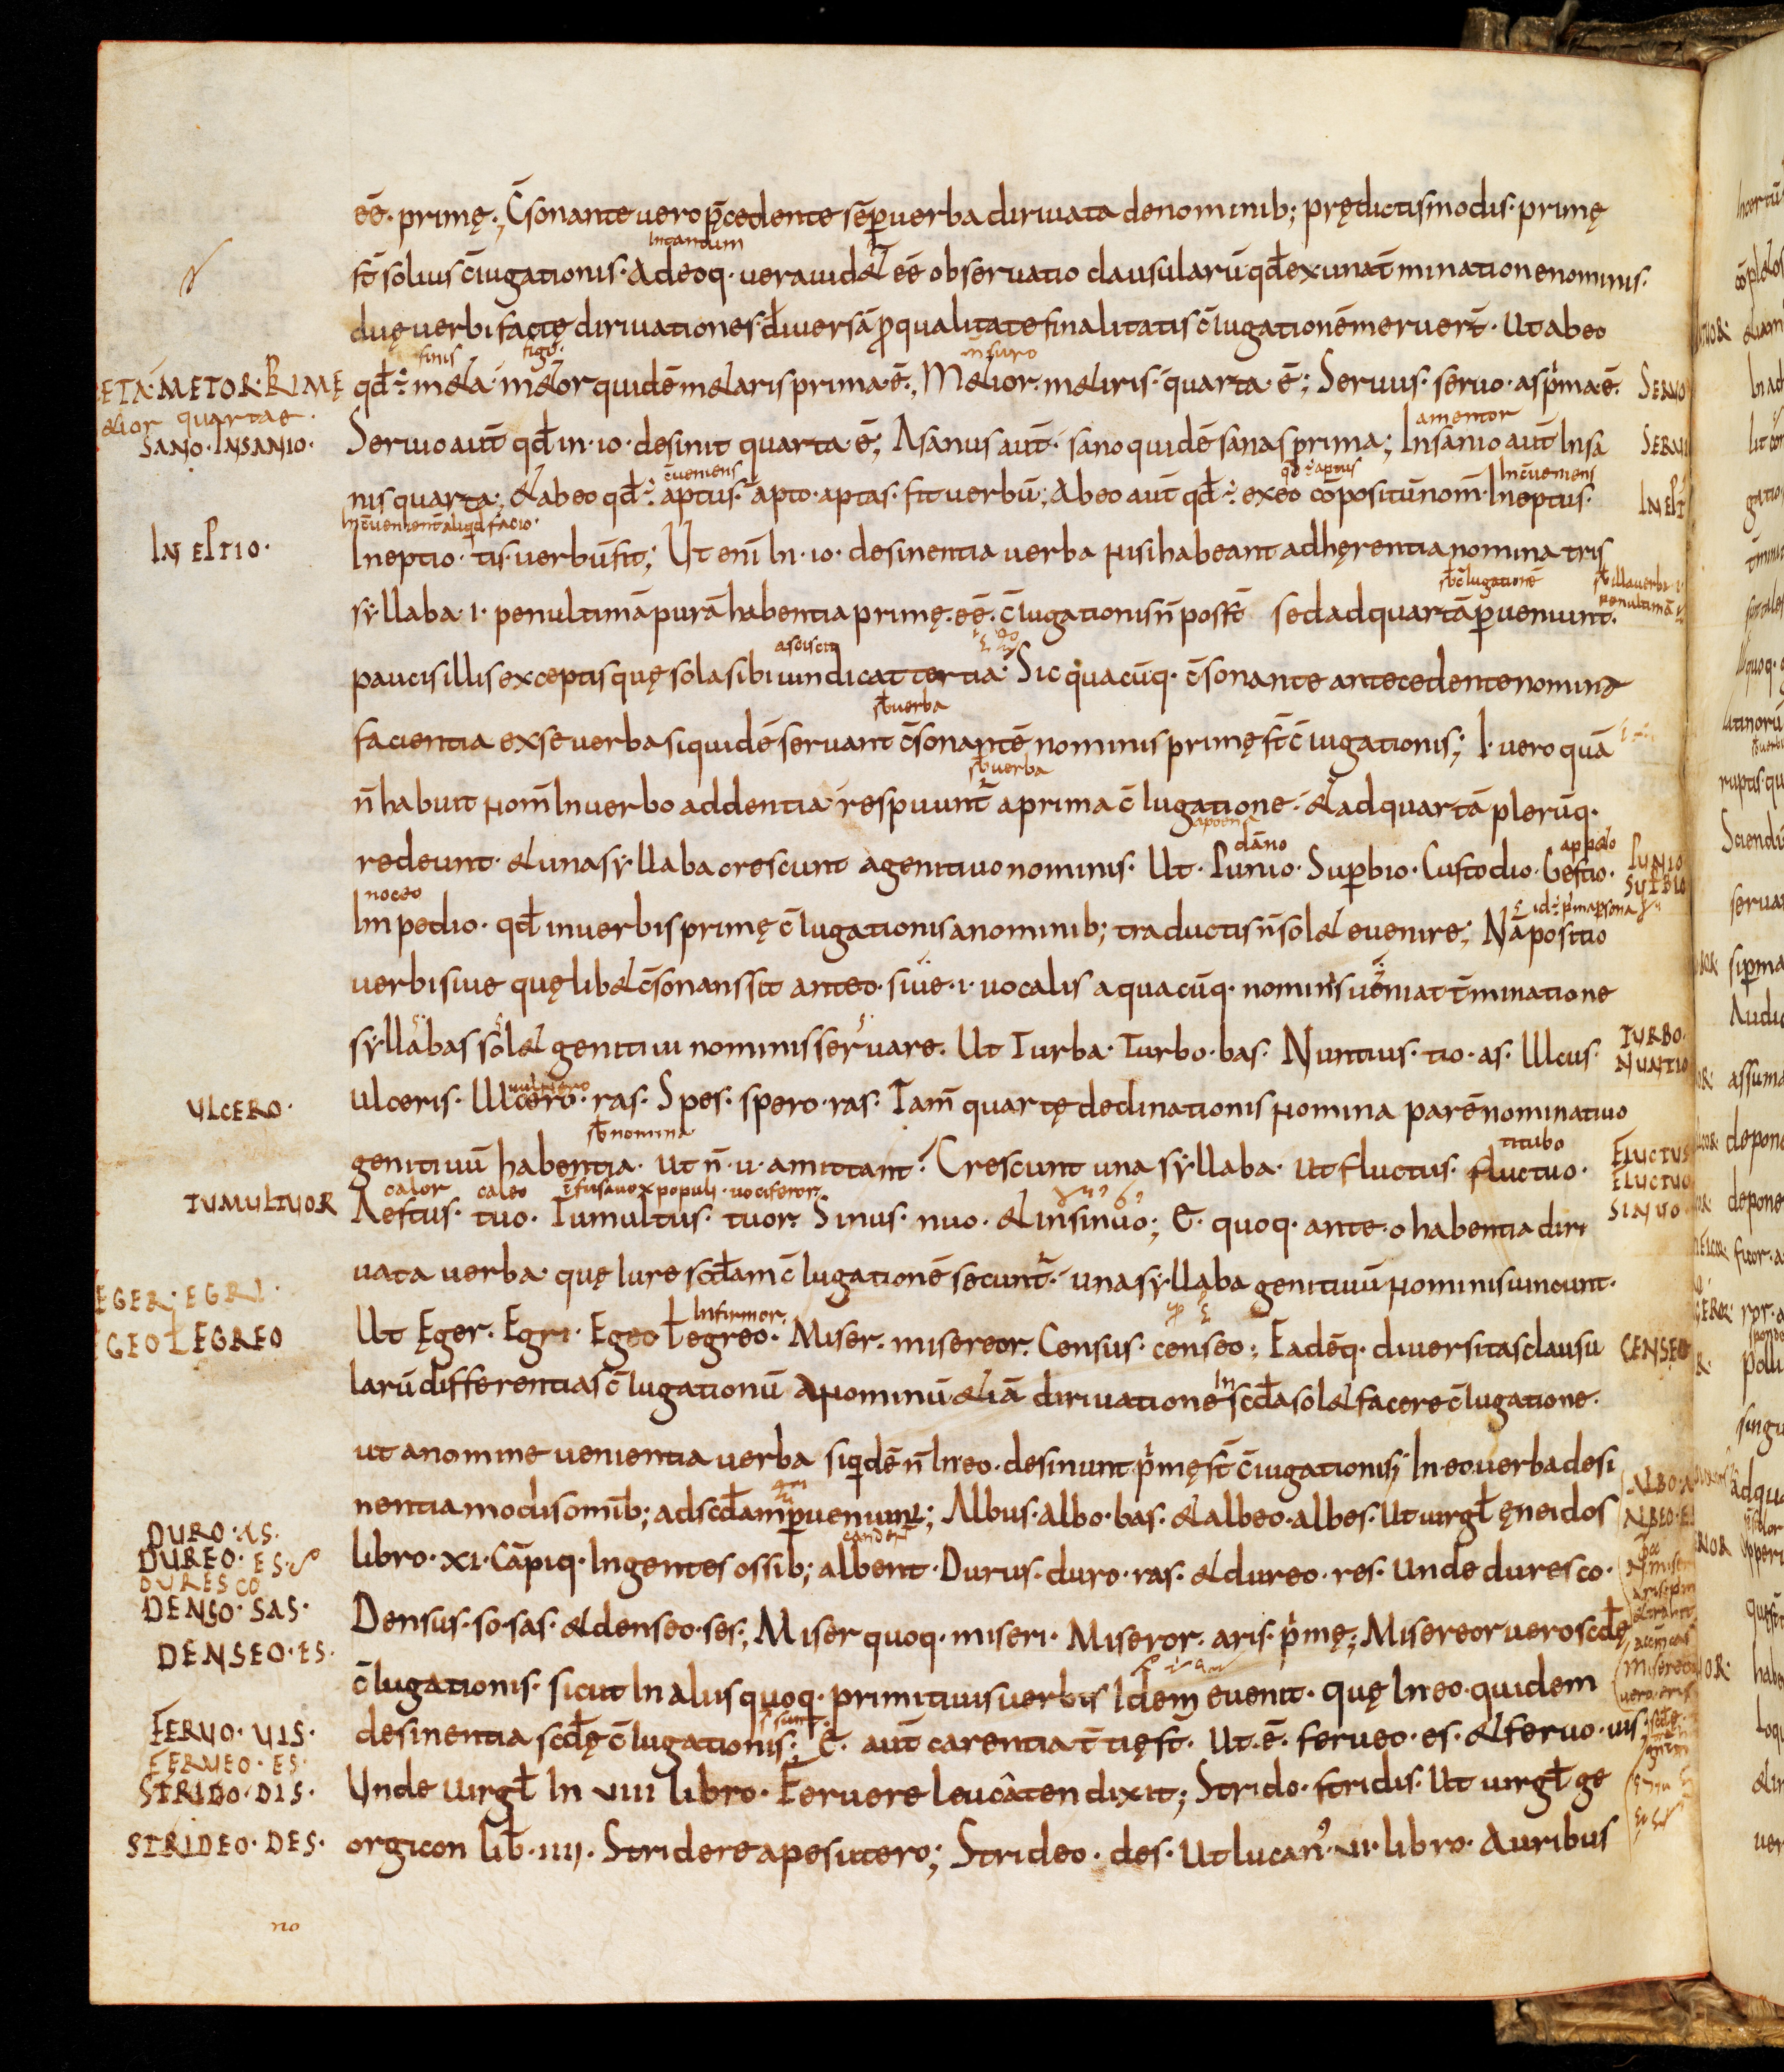
Shelfmark: Bamberg, Staatsbibliothek, MS Class. 30
Century: 9